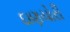
દાણચોરી